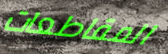
المقاطعات